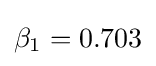
\beta _{1}=0.703